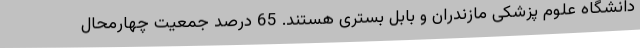
دانشگاه علوم پزشکی مازندران و بابل بستری هستند. 65 درصد جمعیت چهارمحال